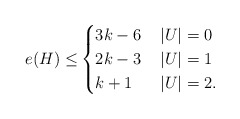
\begin{align*} e(H)\le & \begin{cases} 3k-6 & \, |U|=0 \\ 2k-3 & \, |U|=1 \\ k+1 & \,|U|=2.\\\end{cases}\end{align*}